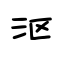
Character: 沤